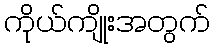
ကိုယ်ကျိုးအတွက်